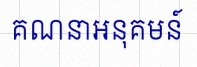
គណនាអនុគមន៍